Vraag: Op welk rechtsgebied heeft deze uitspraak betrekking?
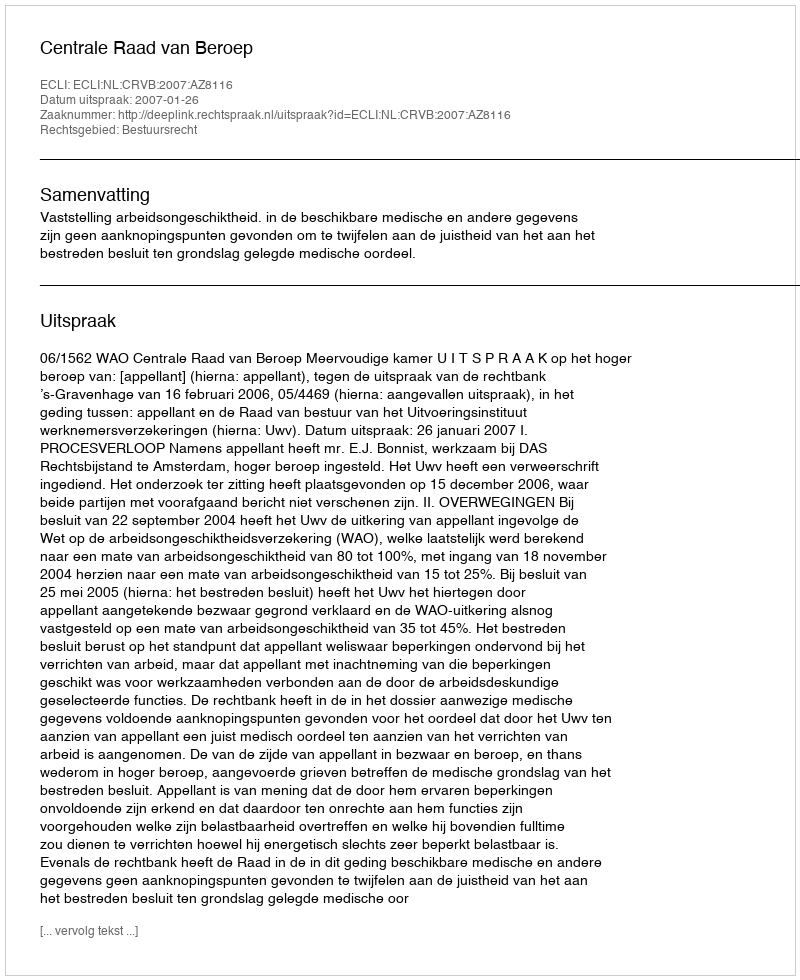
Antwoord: Bestuursrecht